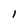
Character: 1